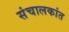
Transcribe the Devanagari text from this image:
संचालकांत